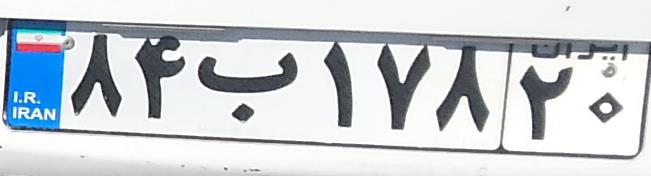
۸۴ب۱۷۸۲۰